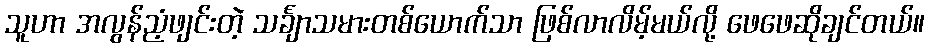
သူဟာ အလွန်ညံ့ဖျင်းတဲ့ သင်္ချာသမားတစ်ယောက်သာ ဖြစ်လာလိမ့်မယ်လို့ ဖေဖေဆိုချင်တယ်။